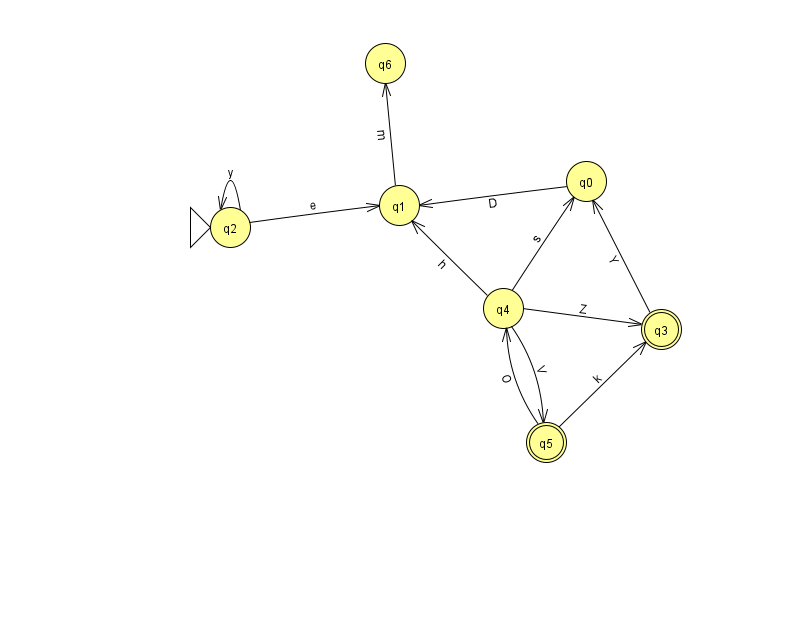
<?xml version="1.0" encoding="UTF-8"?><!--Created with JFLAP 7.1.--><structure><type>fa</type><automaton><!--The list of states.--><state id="0" name="q0"><x>586.0</x><y>168.0</y></state><state id="1" name="q1"><x>399.0</x><y>192.0</y></state><state id="2" name="q2"><x>230.0</x><y>214.0</y><initial/></state><state id="3" name="q3"><x>661.0</x><y>316.0</y><final/></state><state id="4" name="q4"><x>503.0</x><y>295.0</y></state><state id="5" name="q5"><x>546.0</x><y>429.0</y><final/></state><state id="6" name="q6"><x>385.0</x><y>50.0</y></state><!--The list of transitions.--><transition><from>3</from><to>0</to><read>Y</read></transition><transition><from>0</from><to>1</to><read>D</read></transition><transition><from>4</from><to>1</to><read>h</read></transition><transition><from>4</from><to>5</to><read>V</read></transition><transition><from>4</from><to>0</to><read>s</read></transition><transition><from>4</from><to>3</to><read>Z</read></transition><transition><from>2</from><to>2</to><read>y</read></transition><transition><from>5</from><to>3</to><read>k</read></transition><transition><from>1</from><to>6</to><read>m</read></transition><transition><from>2</from><to>1</to><read>e</read></transition><transition><from>5</from><to>4</to><read>O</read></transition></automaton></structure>